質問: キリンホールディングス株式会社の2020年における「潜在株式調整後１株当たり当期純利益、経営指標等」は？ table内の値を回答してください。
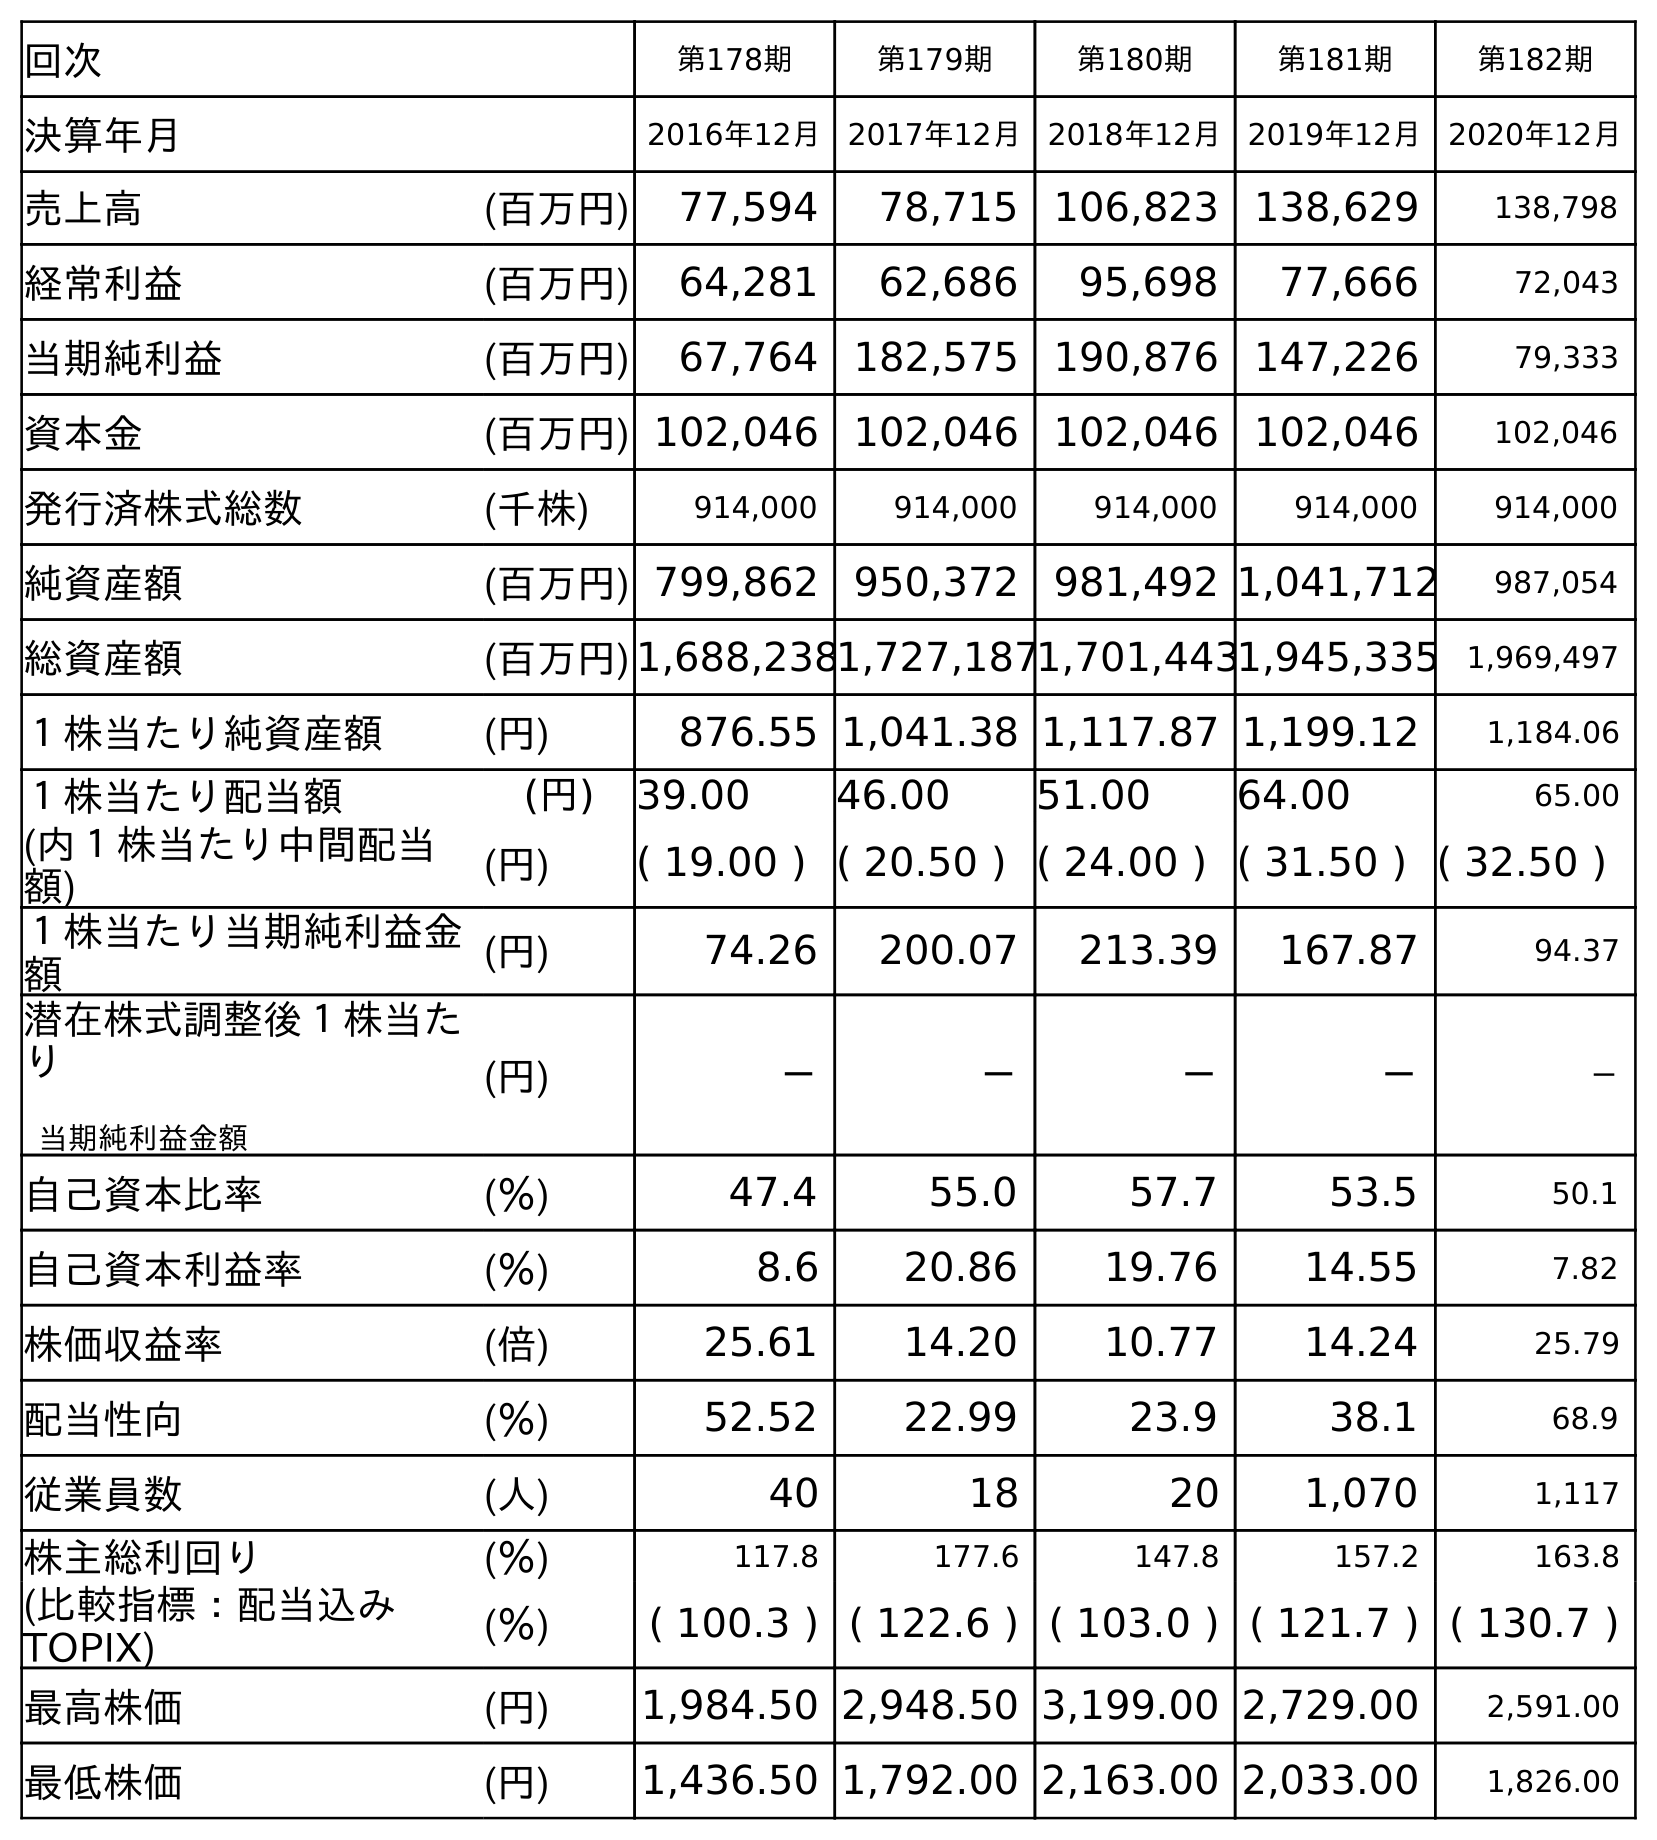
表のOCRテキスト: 回次 第178期 第179期 第180期 第181期 第182期 決算年月 2016年12月 2017年12月 2018年12月 2019年12月 2020年12月 売上高 (百万円) 77,594 78,715 106,823 138,629 138,798 経常利益 (百万円) 64,281 62,686 95,698 77,666 72,043 当期純利益 (百万円) 67,764 182,575 190,876 147,226 79,333 資本金 (百万円) 102,046 102,046 102,046 102,046 102,046 発行済株式総数 (千株) 914,000 914,000 914,000 914,000 914,000 純資産額 (百万円) 799,862 950,372 981,492 1,041,712 987,054 総資産額 (百万円)1,688,2381,727,1871,701,4431,945,335 1,969,497 １株当たり純資産額 (円) 876.55 1,041.38 1,117.87 1,199.12 1,184.06 １株当たり配当額 (円) 39.00 46.00 51.00 64.00 65.00 (内１株当たり中間配当 額) (円) ( 19.00 ) ( 20.50 ) ( 24.00 ) ( 31.50 ) ( 32.50 ) １株当たり当期純利益金 額 (円) 74.26 200.07 213.39 167.87 94.37 潜在株式調整後１株当た り 当期純利益金額 (円) － － － － － 自己資本比率 (％) 47.4 55.0 57.7 53.5 50.1 自己資本利益率 (％) 8.6 20.86 19.76 14.55 7.82 株価収益率 (倍) 25.61 14.20 10.77 14.24 25.79 配当性向 (％) 52.52 22.99 23.9 38.1 68.9 従業員数 (人) 40 18 20 1,070 1,117 株主総利回り (％) 117.8 177.6 147.8 157.2 163.8 (比較指標：配当込み TOPIX) (％) ( 100.3 ) ( 122.6 ) ( 103.0 ) ( 121.7 ) ( 130.7 ) 最高株価 (円) 1,984.50 2,948.50 3,199.00 2,729.00 2,591.00 最低株価 (円) 1,436.50 1,792.00 2,163.00 2,033.00 1,826.00
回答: －